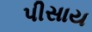
પીસાય